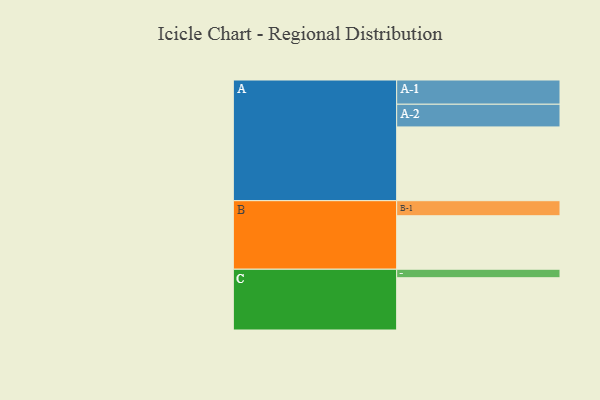
{"axis": {"x": "Segment", "y": "Value"}, "legend": ["", "A", "B", "C"], "data": [{"x": "A", "y": 539, "type": ""}, {"x": "B", "y": 391, "type": ""}, {"x": "C", "y": 382, "type": ""}, {"x": "A-1", "y": 177, "type": "A"}, {"x": "A-2", "y": 166, "type": "A"}, {"x": "B-1", "y": 110, "type": "B"}, {"x": "C-1", "y": 62, "type": "C"}]}